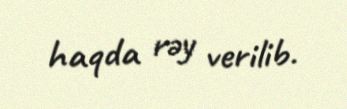
haqda rəy verilib.